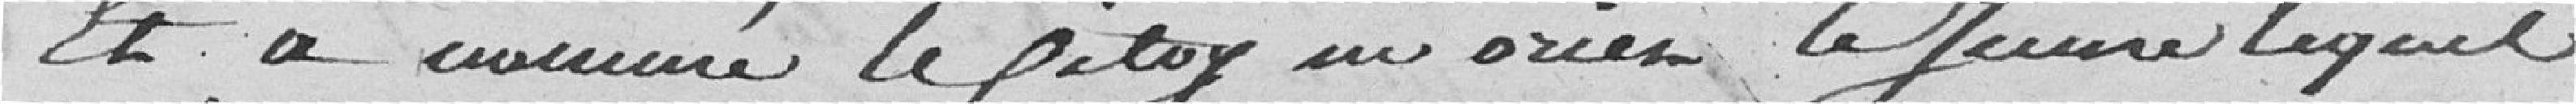
Et a nommé le citoyen rien leJeune lequel